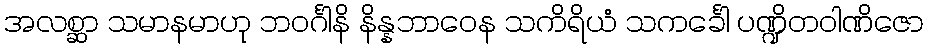
အလစ္ဆာ သမာနမာဟု ဘဝင်္ဂါနိ နိန္နဘာဝေန သကိရိယံ သကင်္ခေါ ပဏ္ဍိတဝါဏိဇော